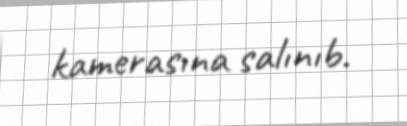
kamerasına salınıb.